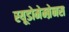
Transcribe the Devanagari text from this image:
स्यूडोमेम्ब्रेनस